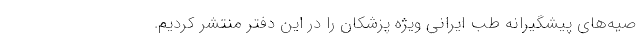
صیه‌های پیشگیرانه طب ایرانی ویژه پزشکان را در این دفتر منتشر کردیم.